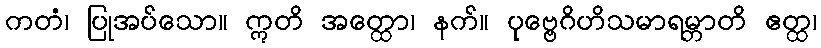
ကတံ၊ ပြုအပ်သော။ ဣတိ အတ္ထော၊ နက်။ ပုဗ္ဗေဂိဟိသမာရမ္ဘာတိ ဧတ္ထ၊